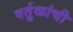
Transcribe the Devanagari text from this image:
वर्तुळांची